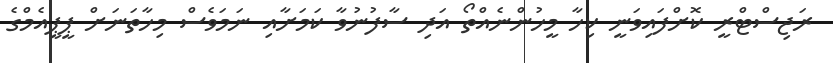
ރަޖިސްޓްރީ ކޮށްފައިވަނީ ކިހާ މީހުންނެއްތޯ އަދި ސާފުނުވާ ކަމަށާއި ނަމަވެސް މިހާތަނަށް ޕީޕީއެމްގެ